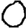
Digit: 0